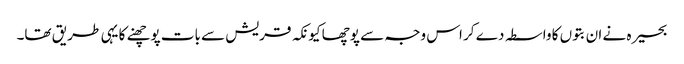
بحیرہ نے ان بتوں کا واسطہ دے کر اس وجہ سے پوچھا کیونکہ قریش سے بات پوچھنے کا یہی طریق تھا۔